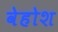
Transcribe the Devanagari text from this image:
वेहोश